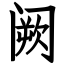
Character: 阙